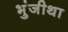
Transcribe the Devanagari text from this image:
भुंजीथा